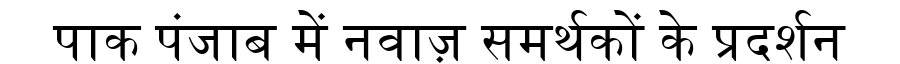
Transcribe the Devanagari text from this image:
पाक पंजाब में नवाज़ समर्थकों के प्रदर्शन